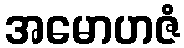
အမောဟဇံ